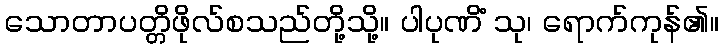
သောတာပတ္တိဖိုလ်စသည်တို့သို့။ ပါပုဏိံ သု၊ ရောက်ကုန်၏။